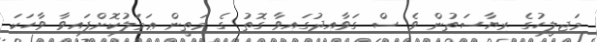
މަޖިލީހުގެ ރިޔާސަތުން ވެ ސް ގަވާއިދުގައިވާ ގޮތު ގެ މަތީން ޢަމަލުކޮށްފައިވާ ވާހަކަ